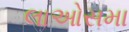
લાઓસમા